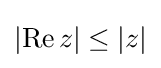
\left|\operatorname {Re} z\right|\leq |z|